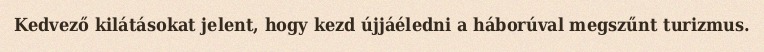
Kedvező kilátásokat jelent, hogy kezd újjáéledni a háborúval megszűnt turizmus.